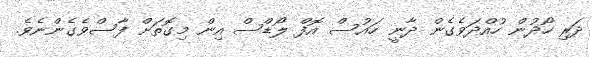
ދަރި ހޯދުން ހުއްދަވެގެން ދާނީ ހައުސް އޮފް ލޯޑްސް އިން މިގޮތަށް ފާސްވެގެންނެވެ.